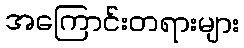
အကြောင်းတရားများ